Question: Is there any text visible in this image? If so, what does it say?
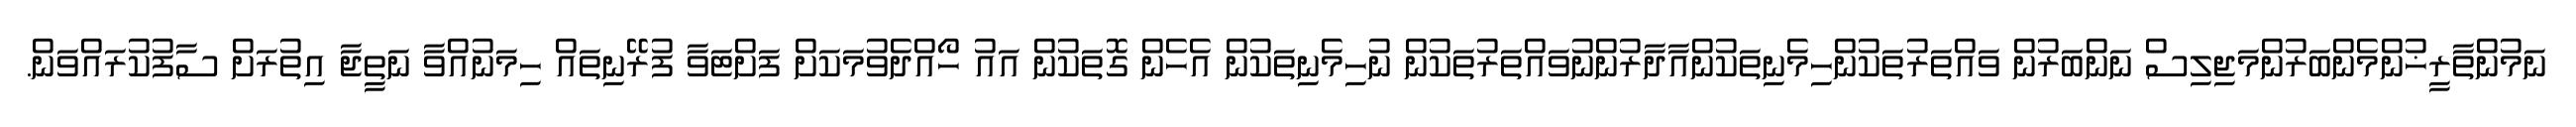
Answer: ނަމުންތާރީޚުންމެންބަރުންމަޖިލިސް ނަންބަރުން ވައްތަރުތަކުންހިމެނިތަކުންއާދާރުންނުވައްތަރުތަކުން ނުހިމެނިތަކުން އެހެން ގޮތަކުން އައު ހޯއްދެވުމަކަށް ފަށްޓަވާ ފުރޭނިތައް ހިމަނުއްވާ ނަތީޖާ އިތުރަށް ސާފުކުރައްވަން.